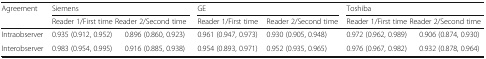
<table><thead><tr><td rowspan="2"><b>Agreement</b></td><td colspan="2"><b>Siemens</b></td><td colspan="2"><b>GE</b></td><td colspan="2"><b>Toshiba</b></td></tr><tr><td colspan="2"><b>Reader 1/First time Reader 2/Second time</b></td><td><b>Reader 1/First time</b></td><td><b>Reader 2/Second time</b></td><td colspan="2"><b>Reader 1/First time Reader 2/Second time</b></td></tr></thead><tbody><tr><td>Intraobserver</td><td>0.935 (0.912, 0.952)</td><td>0.896 (0.860, 0.923)</td><td>0.961 (0.947, 0.973)</td><td>0.930 (0.905, 0.948)</td><td>0.972 (0.962, 0.989)</td><td>0.906 (0.874, 0.930)</td></tr><tr><td>Interobserver</td><td>0.983 (0.954, 0.995)</td><td>0.916 (0.885, 0.938)</td><td>0.954 (0.893, 0.971)</td><td>0.952 (0.935, 0.965)</td><td>0.976 (0.967, 0.982)</td><td>0.932 (0.878, 0.964)</td></tr></tbody></table>